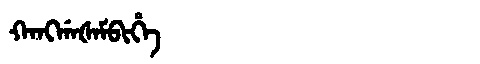
Manchu: ᡴᠠᠩᡤᠠᡧᠠᠮᠪᡳᡥᡝ
Romanization: KANGGAŠAMBIHE